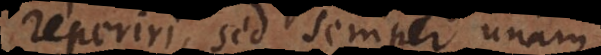
iri, sed semper unam